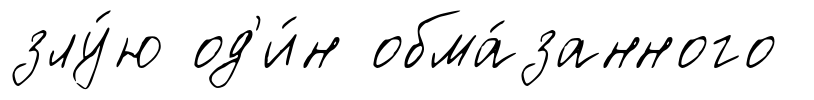
злу́ю од'и́н обма́занного